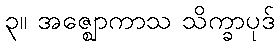
၃။ အဇ္ဈောကာသ သိက္ခာပုဒ်